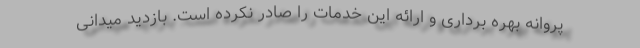
پروانه بهره برداری و ارائه این خدمات را صادر نکرده است. بازدید میدانی